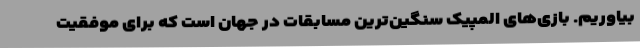
بیاوریم. بازی‌های المپیک سنگین‌ترین مسابقات در جهان است که برای موفقیت